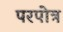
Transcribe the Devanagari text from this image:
परपोत्र